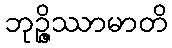
ဘုဉ္ဇိဿာမာတိ